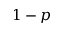
1 - p